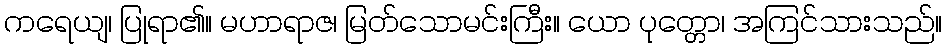
ကရေယျ၊ ပြုရာ၏။ မဟာရာဇ၊ မြတ်သောမင်းကြီး။ ယော ပုတ္တော၊ အကြင်သားသည်။